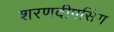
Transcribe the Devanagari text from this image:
शरणदीपसिंग